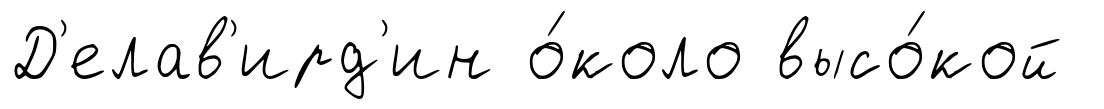
Д'елав'ирд'ин о́коло высо́кой